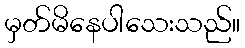
မှတ်မိနေပါသေးသည်။